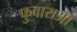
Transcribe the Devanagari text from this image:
फुवाराओ